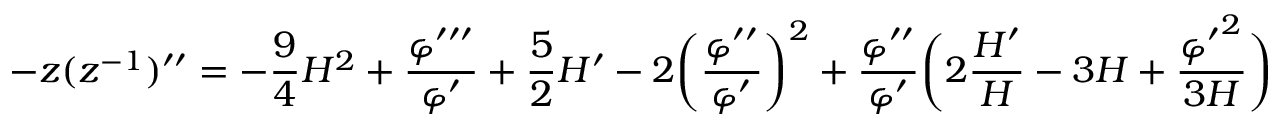
- z ( z ^ { - 1 } ) ^ { \prime \prime } = - \frac { 9 } { 4 } { \cal H } ^ { 2 } + \frac { \varphi ^ { \prime \prime \prime } } { \varphi ^ { \prime } } + \frac { 5 } { 2 } { \cal H } ^ { \prime } - 2 \biggl ( \frac { \varphi ^ { \prime \prime } } { \varphi ^ { \prime } } \biggr ) ^ { 2 } + \frac { \varphi ^ { \prime \prime } } { \varphi ^ { \prime } } \biggl ( 2 \frac { { \cal H } ^ { \prime } } { \cal H } - 3 { \cal H } + \frac { { \varphi ^ { \prime } } ^ { 2 } } { 3 { \cal H } } \biggr )